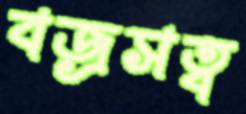
বজ্রসত্ব